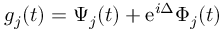
g _ { j } ( t ) = \Psi _ { j } ( t ) + \mathrm { e } ^ { i \Delta } \Phi _ { j } ( t )